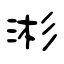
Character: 涁